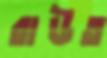
রাউত